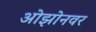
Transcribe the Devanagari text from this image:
ओझोनवर